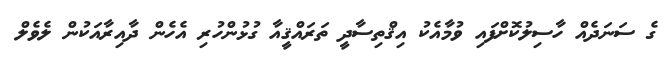
ގެ ސަނަދެއް ހާސިލުކޮށްފައި ވުމާއެކު އިޤްތިސާދީ ތަރައްޤީއާ ގުޅުންހުރި އެހެން ދާއިރާއަކުން ލެވެލް